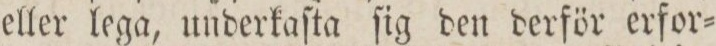
eller lega, underkaſta ſig den derför erfor=